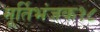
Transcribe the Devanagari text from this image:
मूर्तिभंजक१८